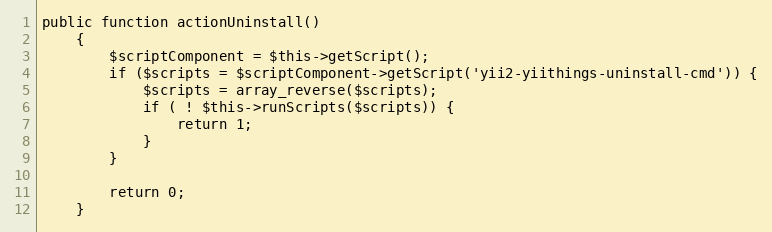
Language: PHP
public function actionUninstall()
    {
        $scriptComponent = $this->getScript();
        if ($scripts = $scriptComponent->getScript('yii2-yiithings-uninstall-cmd')) {
            $scripts = array_reverse($scripts);
            if ( ! $this->runScripts($scripts)) {
                return 1;
            }
        }

        return 0;
    }